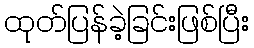
ထုတ်ပြန်ခဲ့ခြင်းဖြစ်ပြီး